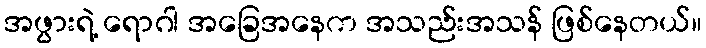
အဖွားရဲ့ ရောဂါ အခြေအနေက အသည်းအသန် ဖြစ်နေတယ်။